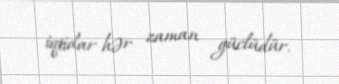
iqtidar hər zaman güclüdür.